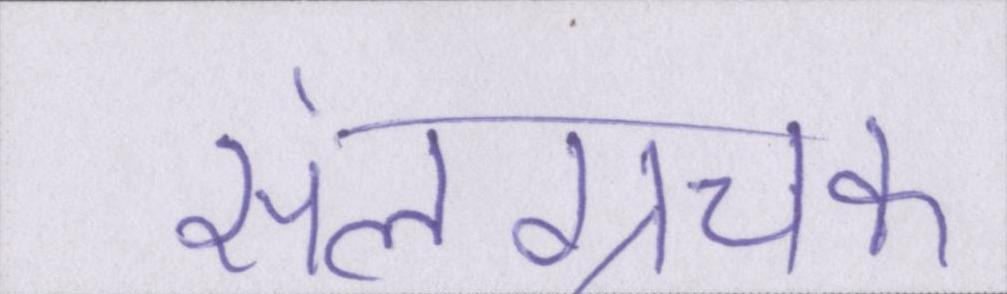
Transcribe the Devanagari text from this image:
संलग्नचक्र